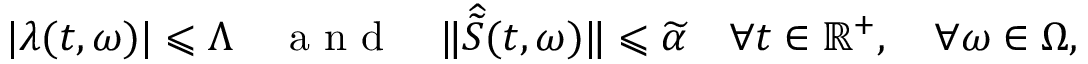
| \lambda ( t , \omega ) | \leqslant \Lambda \quad \mathrm { ~ a ~ n ~ d ~ } \quad \| \widehat { \widetilde { S } } ( t , \omega ) \| \leqslant \widetilde { \alpha } \quad \forall t \in \mathbb { R } ^ { + } , \quad \forall \omega \in \Omega ,